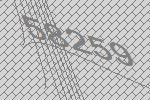
58259